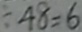
4 8 = 6